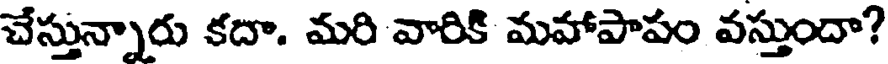
చేస్తున్నారు కదా. మరి వారికి మవాపాపం వస్తుందా?